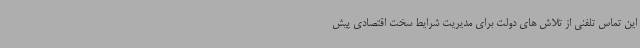
این تماس تلفنی از تلاش های دولت برای مدیریت شرایط سخت اقتصادی پیش